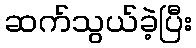
ဆက်သွယ်ခဲ့ပြီး